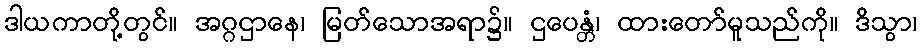
ဒါယကာတို့တွင်။ အဂ္ဂဌာနေ၊ မြတ်သောအရာ၌။ ဌပေန္တံ၊ ထားတော်မူသည်ကို။ ဒိသွာ၊